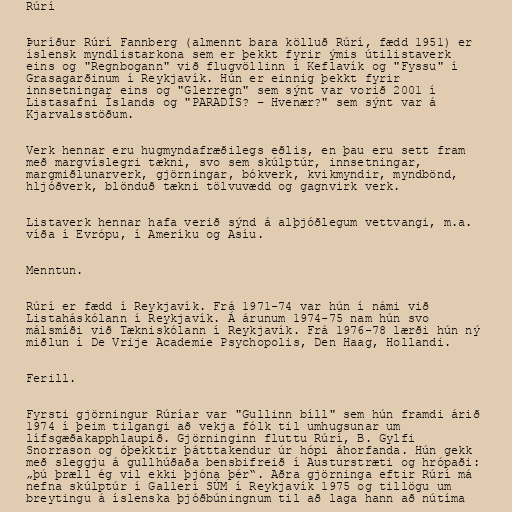
Rúrí

Þuríður Rúrí Fannberg (almennt bara kölluð Rúrí, fædd 1951) er
íslensk myndlistarkona sem er þekkt fyrir ýmis útilistaverk
eins og "Regnbogann" við flugvöllinn í Keflavík og "Fyssu" í
Grasagarðinum í Reykjavík. Hún er einnig þekkt fyrir
innsetningar eins og "Glerregn" sem sýnt var vorið 2001 í
Listasafni Íslands og "PARADÍS? – Hvenær?" sem sýnt var á
Kjarvalsstöðum.

Verk hennar eru hugmyndafræðilegs eðlis, en þau eru sett fram
með margvíslegri tækni, svo sem skúlptúr, innsetningar,
margmiðlunarverk, gjörningar, bókverk, kvikmyndir, myndbönd,
hljóðverk, blönduð tækni tölvuvædd og gagnvirk verk.

Listaverk hennar hafa verið sýnd á alþjóðlegum vettvangi, m.a.
víða í Evrópu, í Ameríku og Asíu.

Menntun.

Rúrí er fædd í Reykjavík. Frá 1971-74 var hún í námi við
Listaháskólann í Reykjavík. Á árunum 1974-75 nam hún svo
málsmíði við Tækniskólann í Reykjavík. Frá 1976-78 lærði hún ný
miðlun í De Vrije Academie Psychopolis, Den Haag, Hollandi.

Ferill.

Fyrsti gjörningur Rúríar var "Gullinn bíll" sem hún framdi árið
1974 í þeim tilgangi að vekja fólk til umhugsunar um
lífsgæðakapphlaupið. Gjörninginn fluttu Rúrí, B. Gylfi
Snorrason og óþekktir þátttakendur úr hópi áhorfanda. Hún gekk
með sleggju á gullhúðaða bensbifreið í Austurstræti og hrópaði:
„þú þræll ég vil ekki þjóna þér“. Aðra gjörninga eftir Rúrí má
nefna skúlptúr í Gallerí SÚM í Reykjavík 1975 og tillögu um
breytingu á íslenska þjóðbúningnum til að laga hann að nútíma